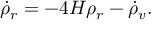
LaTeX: { \dot { \rho } } _ { r } = - 4 H \rho _ { r } - { \dot { \rho } } _ { v } .